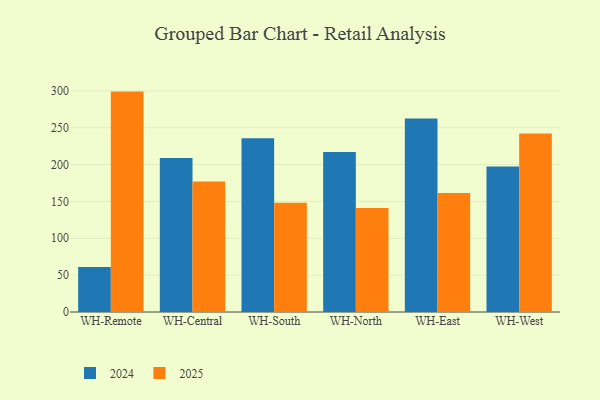
{"axis": {"x": "Warehouse", "y": "Waste Production (Tons)"}, "legend": ["2024", "2025"], "data": [{"x": "WH-Remote", "y": 61.1, "type": "2024"}, {"x": "WH-Remote", "y": 299.0, "type": "2025"}, {"x": "WH-Central", "y": 209.0, "type": "2024"}, {"x": "WH-Central", "y": 176.9, "type": "2025"}, {"x": "WH-South", "y": 235.8, "type": "2024"}, {"x": "WH-South", "y": 148.3, "type": "2025"}, {"x": "WH-North", "y": 216.9, "type": "2024"}, {"x": "WH-North", "y": 141.0, "type": "2025"}, {"x": "WH-East", "y": 262.4, "type": "2024"}, {"x": "WH-East", "y": 161.5, "type": "2025"}, {"x": "WH-West", "y": 197.5, "type": "2024"}, {"x": "WH-West", "y": 242.1, "type": "2025"}]}